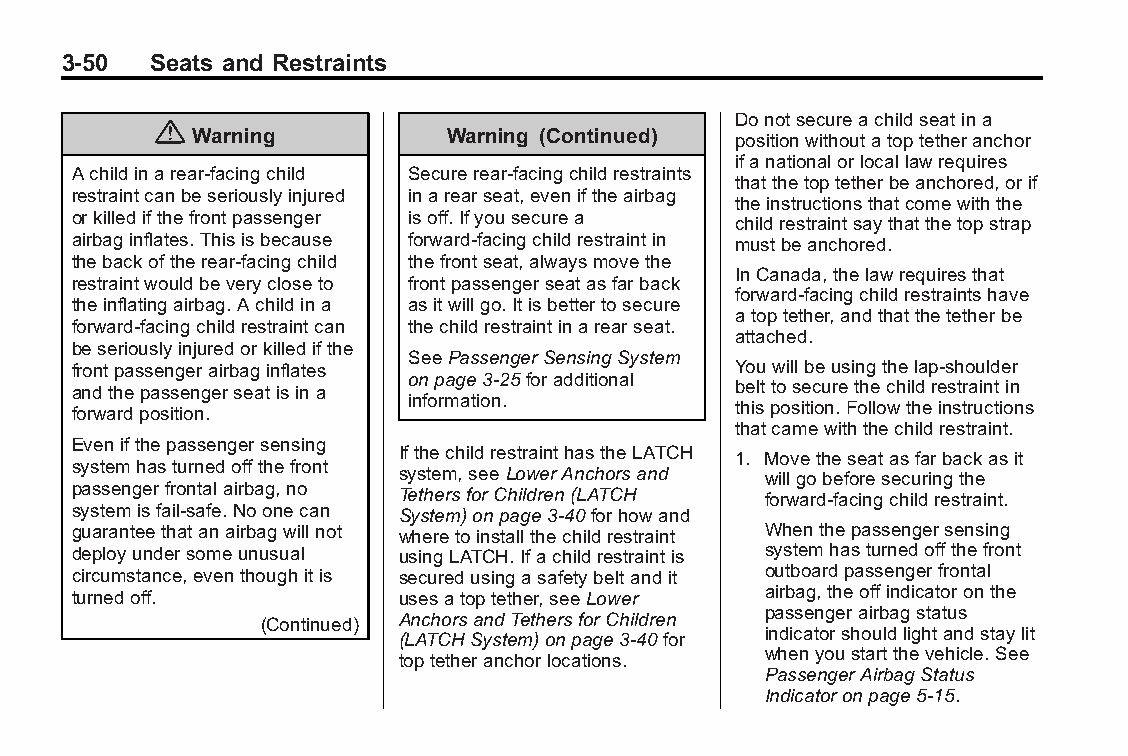
Buick LaCrosse Owner Manual (GMNA-Localizing-U.S./Canada/Mexico- Blackplate(50,1)
 6043609)-2014-2ndEdition-10/17/13
 3-50  Seats and Restraints
 Donotsecureachildseatina
 {
 Warning          Warning (Continued) positionwithoutatoptetheranchor
 ifanationalorlocallawrequires
 Achildinarear-facingchild Securerear-facingchildrestraints
 thatthetoptetherbeanchored,orif
 restraintcanbeseriouslyinjured inarearseat,eveniftheairbag
 theinstructionsthatcomewiththe
 orkilledifthefrontpassenger isoff.Ifyousecurea childrestraintsaythatthetopstrap
 airbaginflates.Thisisbecause forward-facingchildrestraintin mustbeanchored.
 thebackoftherear-facingchild thefrontseat,alwaysmovethe
 InCanada,thelawrequiresthat
 restraintwouldbeverycloseto frontpassengerseatasfarback
 forward-facingchildrestraintshave
 theinflatingairbag.Achildina asitwillgo.Itisbettertosecure
 atoptether,andthatthetetherbe
 forward-facingchildrestraintcan thechildrestraintinarearseat.
 attached.
 beseriouslyinjuredorkilledifthe
 SeePassengerSensingSystem
 frontpassengerairbaginflates                Youwillbeusingthelap-shoulder
 onpage3-25foradditional
 andthepassengerseatisina                    belttosecurethechildrestraintin
 information.
 thisposition.Followtheinstructions
 forwardposition.
 thatcamewiththechildrestraint.
 Evenifthepassengersensing
 IfthechildrestrainthastheLATCH 1. Movetheseatasfarbackasit
 systemhasturnedoffthefront
 system,seeLowerAnchorsand willgobeforesecuringthe
 passengerfrontalairbag,no
 TethersforChildren(LATCH forward-facingchildrestraint.
 systemisfail-safe.Noonecan System)onpage3-40forhowand
 guaranteethatanairbagwillnot wheretoinstallthechildrestraint Whenthepassengersensing
 deployundersomeunusual usingLATCH.Ifachildrestraintis systemhasturnedoffthefront
 circumstance,eventhoughitis securedusingasafetybeltandit outboardpassengerfrontal
 turnedoff.            usesatoptether,seeLower airbag,theoffindicatoronthe
 passengerairbagstatus
 (Continued) AnchorsandTethersforChildren
 indicatorshouldlightandstaylit
 (LATCHSystem)onpage3-40for
 whenyoustartthevehicle.See
 toptetheranchorlocations.
 PassengerAirbagStatus
 Indicatoronpage5-15.